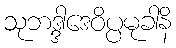
သုဘဒ္ဒါဒေဝိပ္ပမုခါနိ